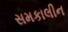
સમકાલીન